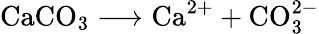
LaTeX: \mathrm{CaCO_{3}\longrightarrow Ca^{2+}+CO_{3}^{2-}}